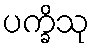
ပက္ခိသု